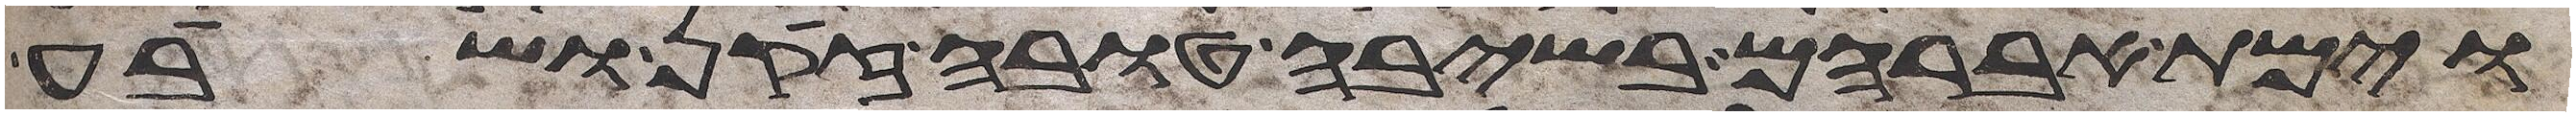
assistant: וימת אברהם בשיבה טובה זקן ושבע